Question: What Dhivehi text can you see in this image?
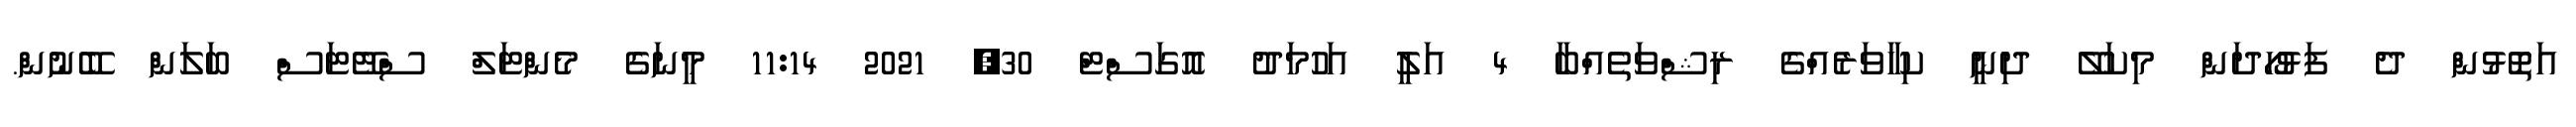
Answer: އަތޮޅުން ދެ ފަޅުހޯދަން މިކަލޭ ދިނީ ކިހާވަރެއްގެ ރިޝްވަތެއްބާ 4 އަލީ އަހުމަދު އޮގަސްޓް 30, 2021 11:14 މީނަގެ މެންޓަލް ސްޓޭޓަސް ބަލަން ބޭނުން.